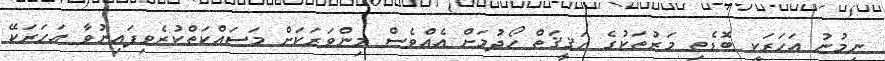
ނިމުނު އަހަރަކީ ބޮޑެތި މަރުތަކުގެ ހަޤީޤަތް ހޯދުމަށް އެއްވެސް މިންވަރަކަށް މަސައްކަތްކުރެވިފައިނުވާ އަހަރަކޭ